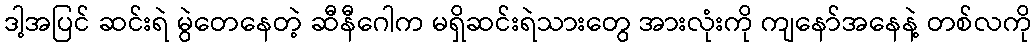
ဒါ့အပြင် ဆင်းရဲ မွဲတေနေတဲ့ ဆီနီဂေါက မရှိဆင်းရဲသားတွေ အားလုံးကို ကျနော်အနေနဲ့ တစ်လကို